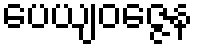
ပေယျဝဇ္ဇေန